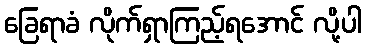
ခြေရာခံ လိုက်ရှာကြည့်ရအောင် လို့ပါ